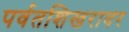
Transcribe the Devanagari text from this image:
पर्वतशिखरावर